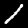
Digit: 1